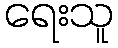
ရေးသူ